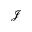
\mathscr { J }